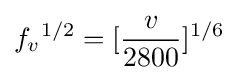
f_{v}{^{1/2}}=[{\frac {v}{2800}}]^{1/6}